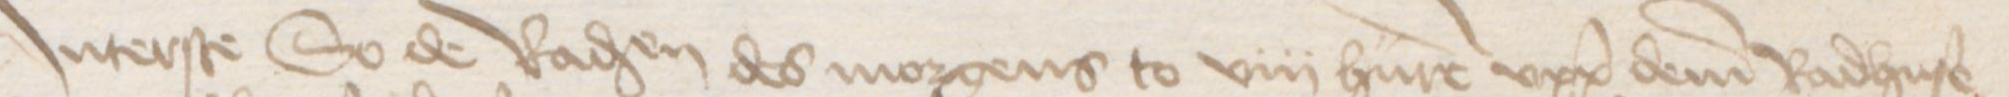
Transcription: Jnterste so de Radsendeboden des morgens to viii hure vppe deme Radhuse